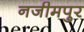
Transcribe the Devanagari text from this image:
नजीमपुर